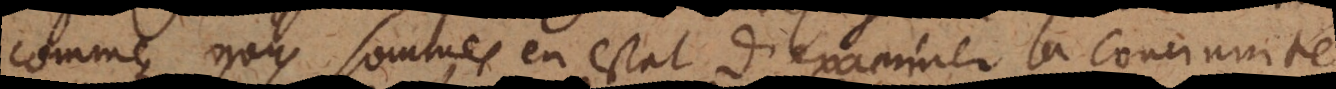
comme nous sommes en estat d’examiner la concinnité